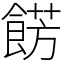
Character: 餝